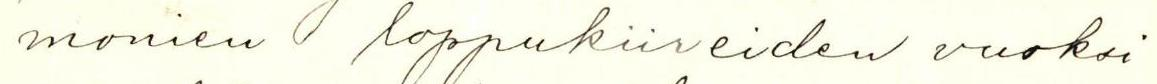
monien loppukiireiden vuoksi